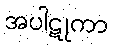
အပါဋုကာ